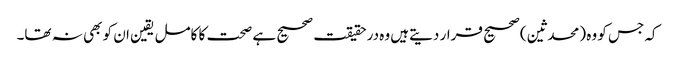
کہ جس کو وہ (محدثین) صحیح قرار دیتےہیں وہ درحقیقت صحیح ہے صحت کا کامل یقین ان کو بھی نہ تھا۔